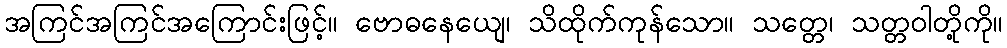
အကြင်အကြင်အကြောင်းဖြင့်။ ဗောဓနေယျေ၊ သိထိုက်ကုန်သော။ သတ္တေ၊ သတ္တဝါတို့ကို။